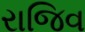
રાજિવ